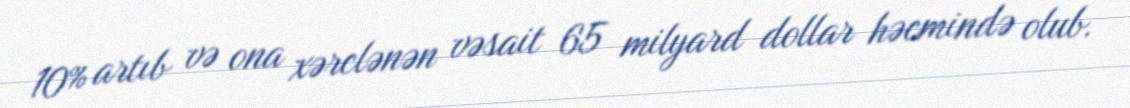
10% artıb və ona xərclənən vəsait 65 milyard dollar həcmində olub.